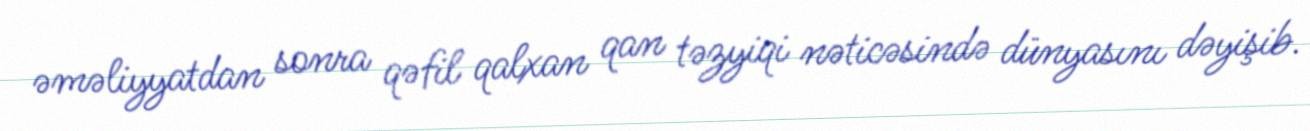
əməliyyatdan sonra qəfil qalxan qan təzyiqi nəticəsində dünyasını dəyişib.